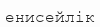
енисейлік